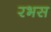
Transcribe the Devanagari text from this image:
रभस